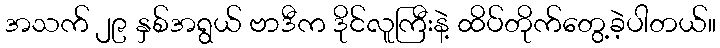
အသက် ၂၉ နှစ်အရွယ် ဗာဒီက ဒိုင်လူကြီးနဲ့ ထိပ်တိုက်တွေ့ခဲ့ပါတယ်။